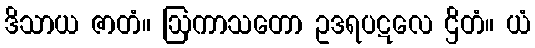
ဒိသာယ ဇာတံ။ ဩကာသတော ဥဒရပဋလေ ဌိတံ။ ယံ